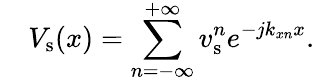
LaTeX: \quad V_{\mathrm{s}}(x)=\sum_{n=-\infty}^{+\infty}v_{\mathrm{s}}^{n}e^{-jk_{xn}x}.